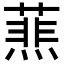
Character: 𦻹